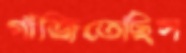
গাঁজিতেছিস